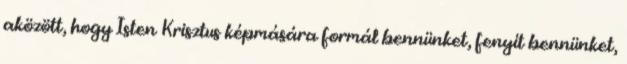
aközött, hogy Isten Krisztus képmására formál bennünket, fenyít bennünket,